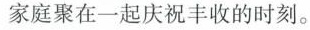
家庭聚在一起庆祝丰收的时刻。